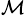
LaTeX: ^\mathcal{M}